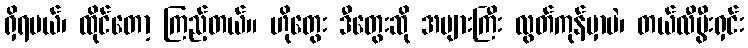
ရှိရမယ်၊ ထိုင်တော့ ကြည့်တယ်။ ဟိုတွေး ဒီတွေးဆို အများကြီး လွတ်ကုန်မှာပဲ၊ တယ်လီပွီးရှင်း